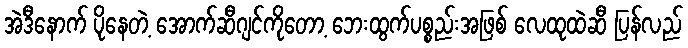
အဲဒီနောက် ပိုနေတဲ့ အောက်ဆီဂျင်ကိုတော့ ဘေးထွက်ပစ္စည်းအဖြစ် လေထုထဲဆီ ပြန်လည်